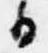
日